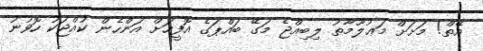
އޭތް! މަށަށް މަޢުލޫމާތު ލިބިއްޖެ މަގޭ ބައްޕަގެ އޮފީހަށް އަންހެން ކުއްޖަކު ހޮވުނު